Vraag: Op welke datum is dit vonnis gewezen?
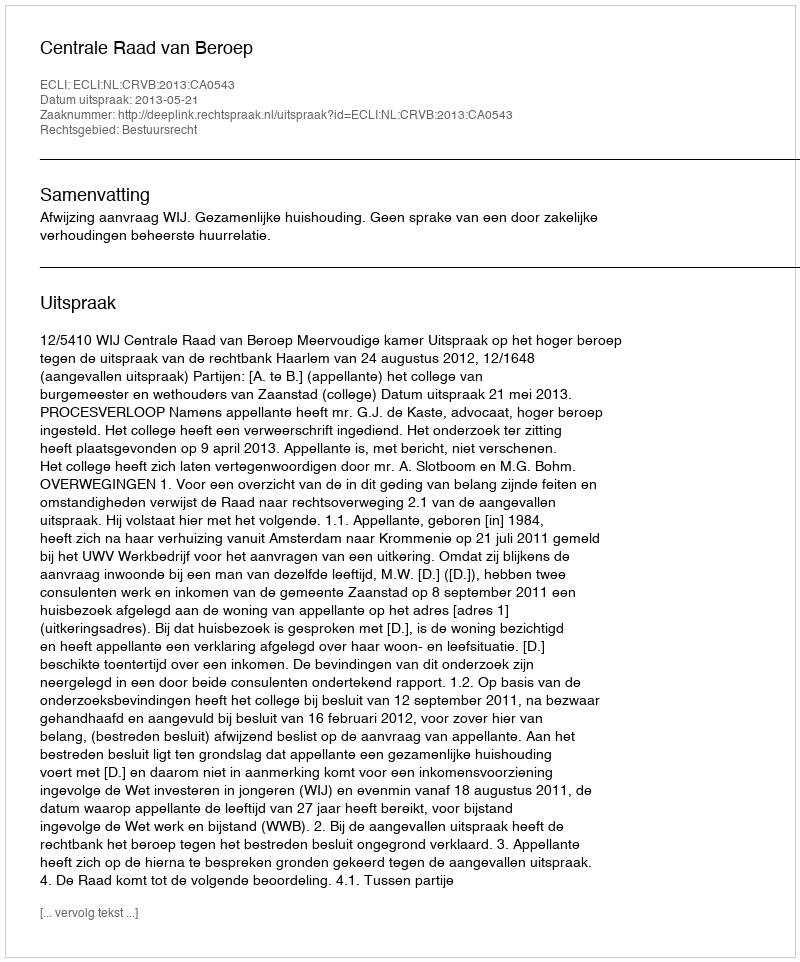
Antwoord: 2013-05-21